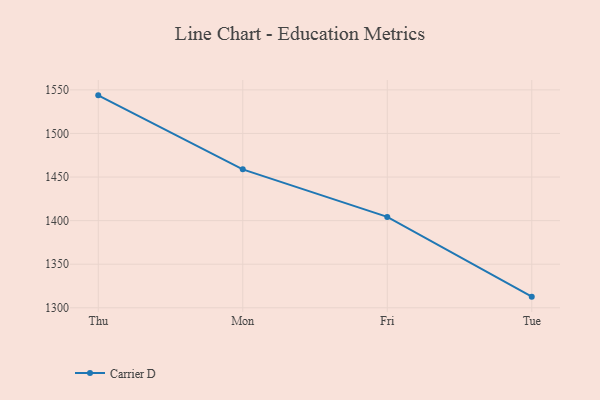
{"axis": {"x": "Day", "y": "Active Users"}, "legend": ["Carrier D"], "data": [{"x": "Thu", "y": 1543.7, "type": "Carrier D"}, {"x": "Mon", "y": 1458.8, "type": "Carrier D"}, {"x": "Fri", "y": 1404.3, "type": "Carrier D"}, {"x": "Tue", "y": 1312.8, "type": "Carrier D"}]}